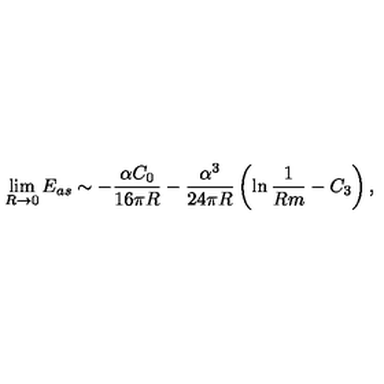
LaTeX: \lim _ { R \rightarrow 0 } E _ { a s } \sim - \frac { \alpha C _ { 0 } } { 1 6 \pi R } - \frac { \alpha ^ { 3 } } { 2 4 \pi R } \left( \ln \frac { 1 } { R m } - C _ { 3 } \right) ,